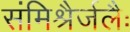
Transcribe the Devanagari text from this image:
संमिश्रैर्जलैः